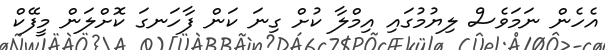
އެހެން ނަމަވެސް ލިޔުމުގައި އިމްލާ ކުށް ގިނަ ކަން ފާހަނގަ ކޮށްލަން މީފޭކް